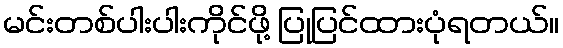
မင်းတစ်ပါးပါးကိုင်ဖို့ ပြုပြင်ထားပုံရတယ်။